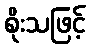
စိုးသဖြင့်